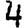
Digit: 4